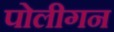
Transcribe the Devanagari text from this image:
पोलीगन